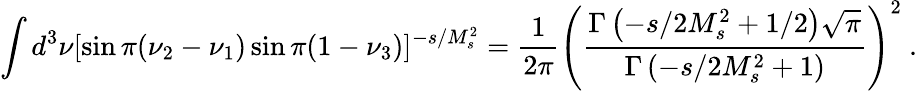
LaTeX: \int d^{3}\nu[\sin\pi(\nu_{2}-\nu_{1})\sin\pi(1-\nu_{3})]^{-s/M_{s}^{2}}={\frac{1}{2\pi}}\left({\frac{\Gamma\left(-s/2M_{s}^{2}+1/2\right)\sqrt{\pi}}{\Gamma\left(-s/2M_{s}^{2}+1\right)}}\right)^{2}\ .